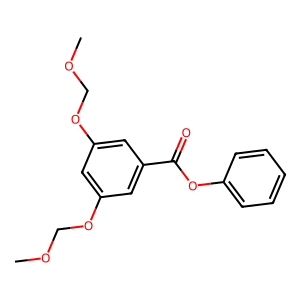
SMILES: COCOc1cc(OCOC)cc(C(=O)Oc2ccccc2)c1
Inhibits HIV replication: No